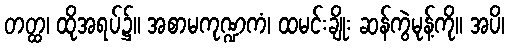
တတ္ထ၊ ထိုအရပ်၌။ အစာမကုဏ္ဍကံ၊ ထမင်းချိုး ဆန်ကွဲမုန့်ကို။ အပိ၊